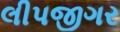
લીપજીગર